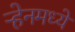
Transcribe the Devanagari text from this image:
ऱ्हेनमध्ये